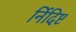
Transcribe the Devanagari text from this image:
र्निदिष्ट